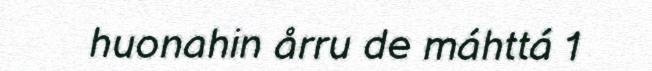
huonahin årru de máhttá 1